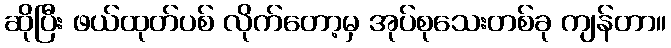
ဆိုပြီး ဖယ်ထုတ်ပစ် လိုက်တော့မှ အုပ်စုသေးတစ်ခု ကျန်တာ။